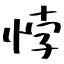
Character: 悖